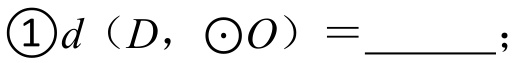
\textcircled{1} \(d（D,\odot O）=\underline{\quad\quad};\)